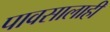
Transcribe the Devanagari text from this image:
पावसालाही